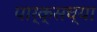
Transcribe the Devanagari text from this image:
पार्क्सच्या